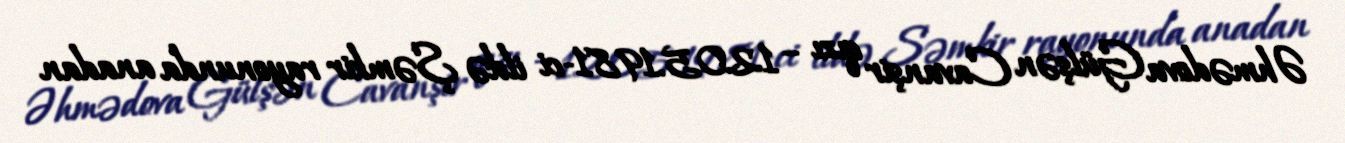
Əhmədova Gülşən Cavanşir qızı – 12.05.1981-ci ildə Şəmkir rayonunda anadan